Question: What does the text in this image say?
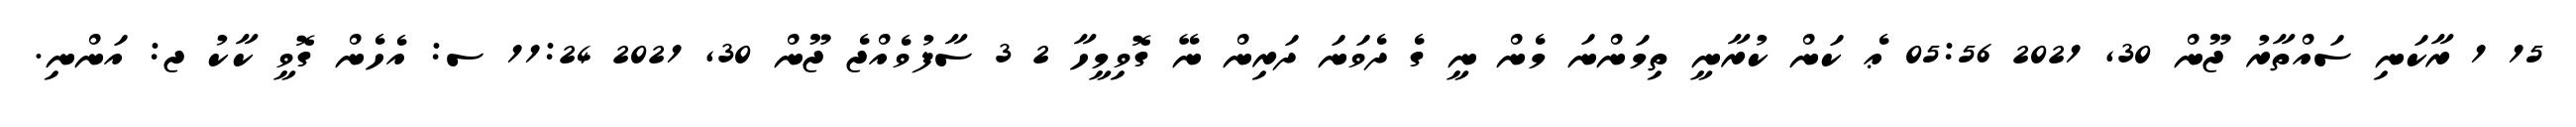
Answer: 15 1 ރާކަނި ސައްތާރު ޖޫން 30, 2021 05:56 ޢެ ކަން ކުރާނީ ތިމަންނަ މެން ނީ ގެ ދެވަނަ ދަރިން ނޭ ގޮވިމީހާ 2 3 ސާފުވެއްޖެ ޖޫން 30, 2021 11:24 ސ: އެހެން ގޮވީ ކާކު ޖ: އަންނި.